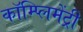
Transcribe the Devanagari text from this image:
कॉम्‍प्‍लिमेंट्री